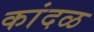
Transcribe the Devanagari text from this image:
कांदळ